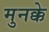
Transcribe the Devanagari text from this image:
मुनक्के